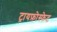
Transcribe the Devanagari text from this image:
ट्रायफ़ोस्फेट